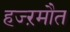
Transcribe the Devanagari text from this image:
हज्ऱमौत